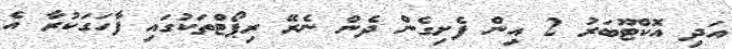
އަދި އޮކްޓޫބަރު 2 އިން ފެށިގެން ދެން ނެރޭ ރިޕޯޓްތަކުގައި ފާހަގަކުރާ އެ